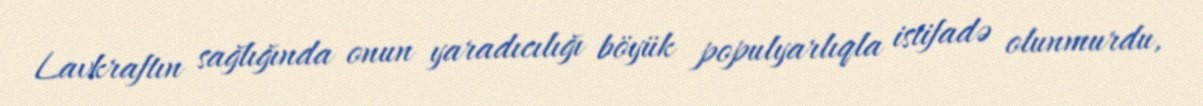
Lavkraftın sağlığında onun yaradıcılığı böyük populyarlıqla istifadə olunmurdu,